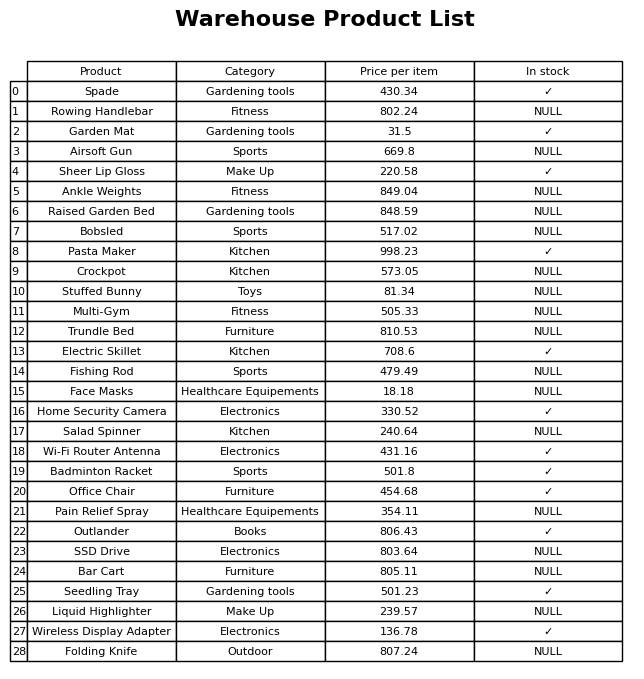
question: Which products are available in stock?
answer: Spade, Garden Mat, Sheer Lip Gloss, Pasta Maker, Electric Skillet, Home Security Camera, Wi-Fi Router Antenna, Badminton Racket, Office Chair, Outlander, Seedling Tray, Wireless Display Adapter